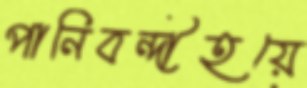
পানিবন্দীহয়ে